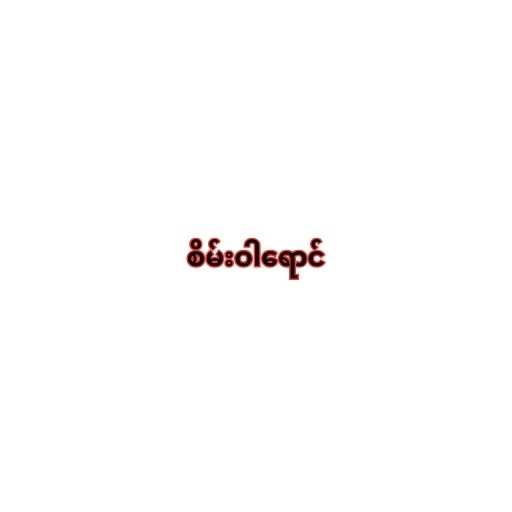
စိမ်းဝါရောင်